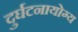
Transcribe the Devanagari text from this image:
दुर्घटनायोग्य